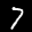
Label: 7